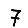
Digit: 7